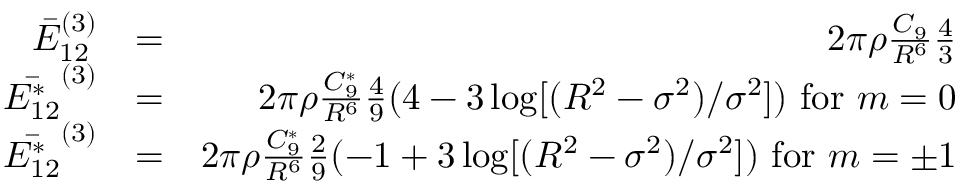
\begin{array} { r l r } { \bar { E } _ { 1 2 } ^ { ( 3 ) } } & { = } & { 2 \pi \rho \frac { C _ { 9 } } { R ^ { 6 } } \frac { 4 } { 3 } } \\ { \bar { E _ { 1 2 } ^ { * } } ^ { ( 3 ) } } & { = } & { 2 \pi \rho \frac { C _ { 9 } ^ { * } } { R ^ { 6 } } \frac { 4 } { 9 } ( 4 - 3 \log [ ( R ^ { 2 } - \sigma ^ { 2 } ) / \sigma ^ { 2 } ] ) \mathrm { ~ f o r ~ } m = 0 } \\ { \bar { E _ { 1 2 } ^ { * } } ^ { ( 3 ) } } & { = } & { 2 \pi \rho \frac { C _ { 9 } ^ { * } } { R ^ { 6 } } \frac { 2 } { 9 } ( - 1 + 3 \log [ ( R ^ { 2 } - \sigma ^ { 2 } ) / \sigma ^ { 2 } ] ) \mathrm { ~ f o r ~ } m = \pm 1 } \end{array}